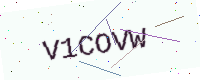
Text: V1COVW